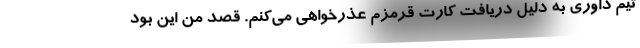
تیم داوری به دلیل دریافت کارت قرمزم عذرخواهی می‌کنم. قصد من این بود